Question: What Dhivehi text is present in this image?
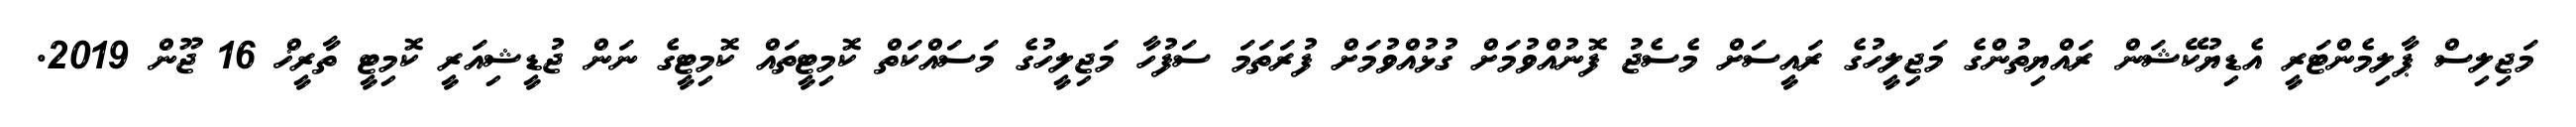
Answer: މަޖިލިސް ޕާލިމެންޓަރީ އެޑިޔުކޭޝަން ރައްޔިތުންގެ މަޖިލީހުގެ ރައީސަށް މެސެޖު ފޮނުއްވުމަށް ގުޅުއްވުމަށް ފުރަތަމަ ސަފުހާ މަޖިލީހުގެ މަސައްކަތް ކޮމިޓީތައް ކޮމިޓީގެ ނަން ޖުޑީޝިއަރީ ކޮމިޓީ ތާރީޚް 16 ޖޫން 2019.